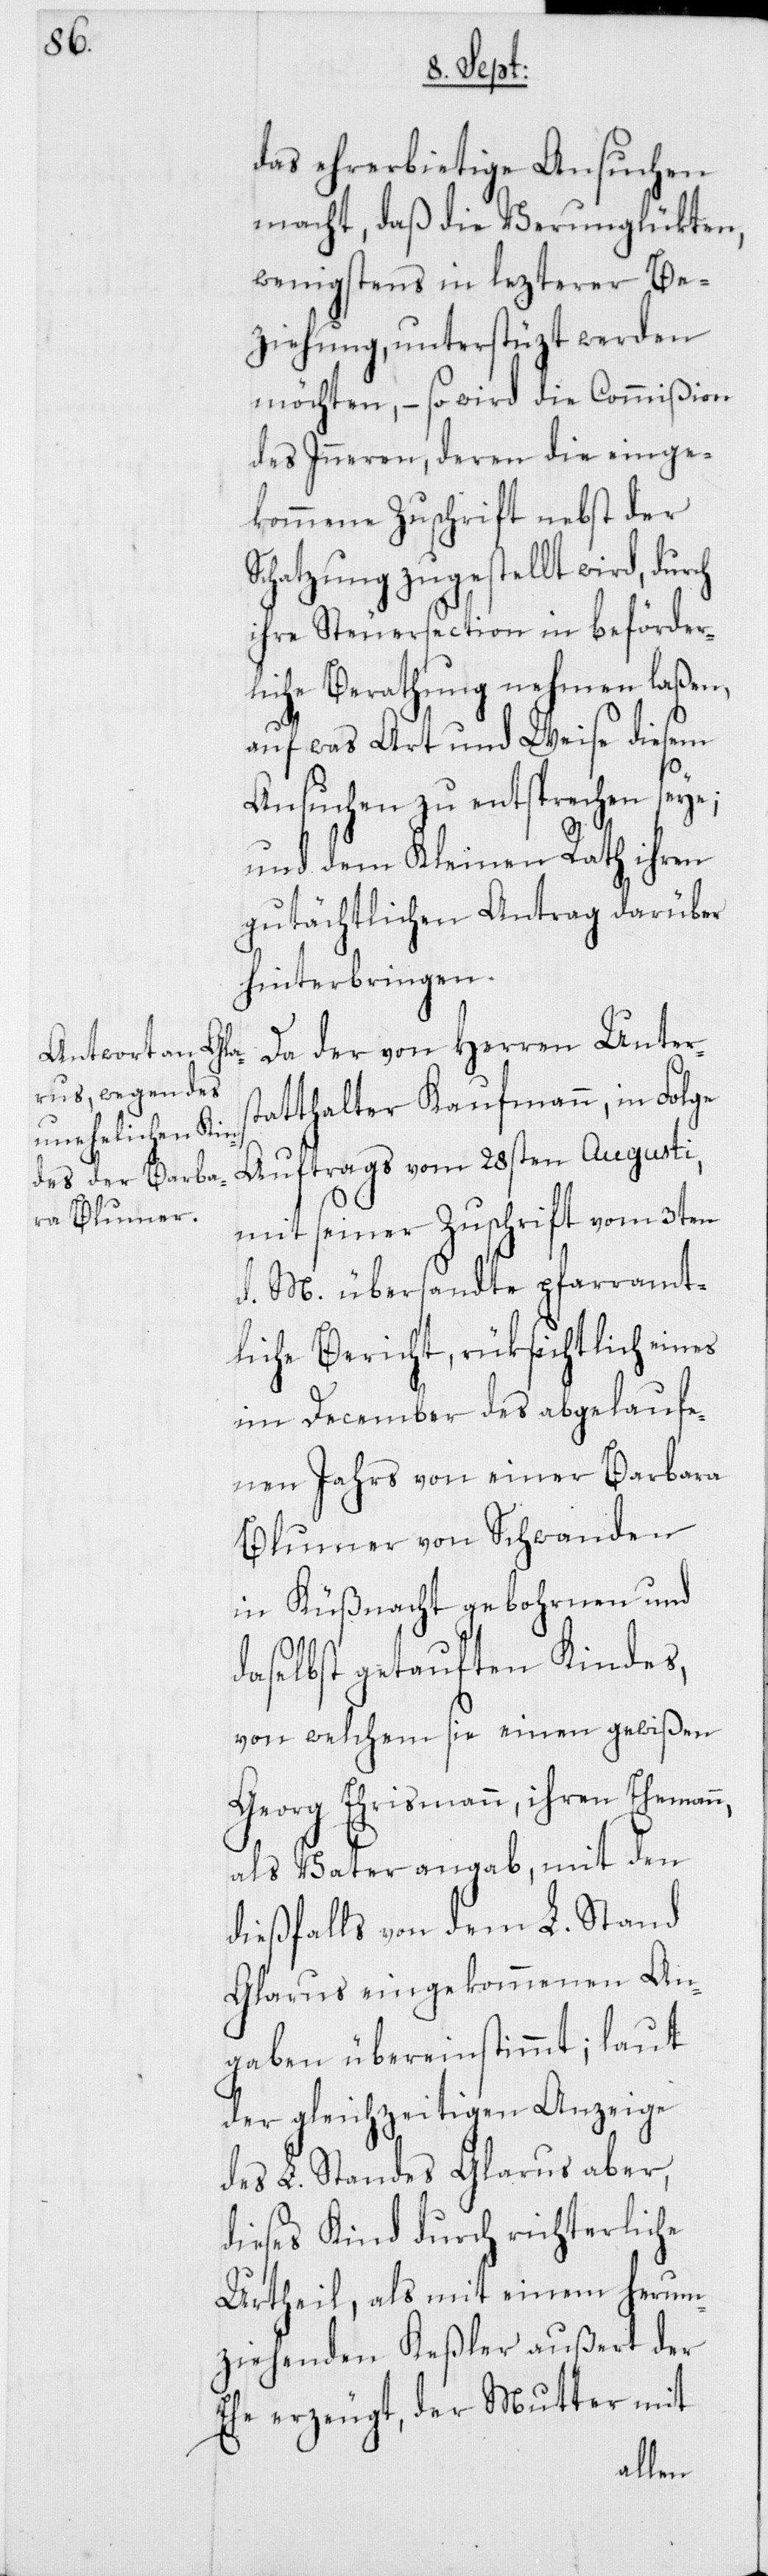
das ehrerbietige Ansuchen
macht, daß die Verunglükten,
wenigstens in lezterer Be¬
ziehung, unterstüzt werden
möchten, – so wird die Commißion
des Inneren, deren die einge¬
kommene Zuschrift nebst der
Schatzung zugestellt wird,
ihre Steuersection in beförder¬
liche Berathung nehmen laßen,
auf was Art und Weise diesem
Ansuchen zu entsprechen seye;
und dem Kleinen Rath ihren
gutächtlichen Antrag darüber
hinterbringen.
Da der von Herren Unters¬
tatthalter Kaufmann, in Folge
Auftrags vom 28sten Augusti,
mit seiner Zuschrift vom 3ten
d. M. übersandte pfarramt¬
liche Bericht, rücksichtlich eines
im December des abgelaufe¬
nen Jahrs von einer Barbara
Blumer von Schwanden
in Küßnacht gebohrnen und
daselbst getauften Kindes,
von welchem sie einen gewißen
Georg Ehrismann, ihren Ehemann,
als Vater angab, mit den
dießfalls von dem L. Stand
Glarus eingekommenen An¬
gaben übereinstimmt; laut
der gleichzeitigen Anzeige
des L. Standes Glarus aber,
dieses Kind durch richterliche
Urtheil, als mit einem herum¬
ziehenden Keßler außert der
Ehe erzeugt, der Mutter mit